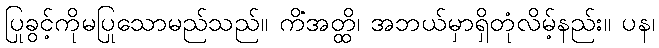
ပြုခွင့်ကိုမပြုသောမည်သည်။ ကိံအတ္ထိ၊ အဘယ်မှာရှိတုံလိမ့်နည်း။ ပန၊